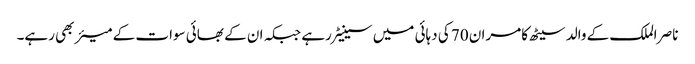
ناصر الملک کے والد سیٹھ کامران 70 کی دہائی میں سینیٹر رہے جبکہ ان کے بھائی سوات کے میئر بھی رہے۔